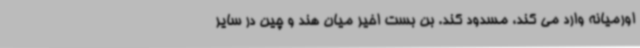
اورمیانه وارد می کند، مسدود کند. بن بست اخیر میان هند و چین در سایر